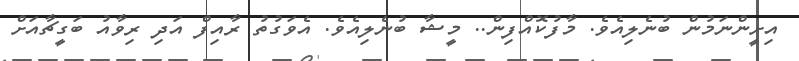
އިށީންނަމުން ބުނެލިއެވެ. މާފުކޮއްފިން.. މީޝާ ބުނެލިއެވެ. އެވަގުތު ރާއިފް އަދި ރިވާއު ބަގީޗާއަށް